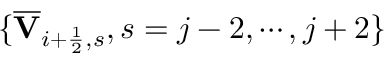
\{ \overline { { \mathbf { V } } } _ { i + \frac { 1 } { 2 } , s } , s = j - 2 , \cdots , j + 2 \}